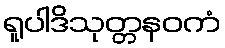
ရူပါဒိသုတ္တနဝကံ